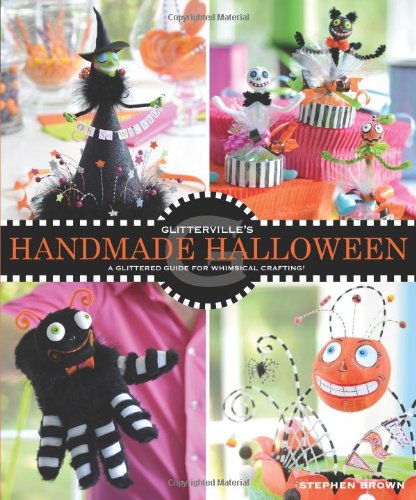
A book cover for Glitterville's Handmade Halloween: A Glittered Guide for Whimsical Crafting!; Stephen Brown; Crafts, Hobbies & Home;